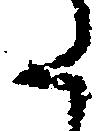
た